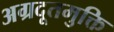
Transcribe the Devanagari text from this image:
अग्रदूतमुक्ति